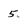
Character: 5